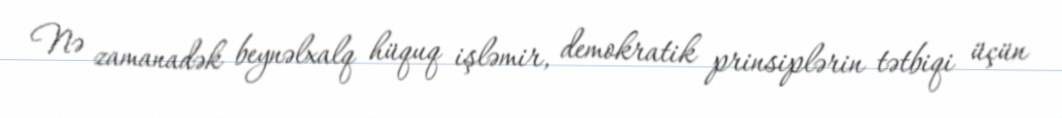
Nə zamanadək beynəlxalq hüquq işləmir, demokratik prinsiplərin tətbiqi üçün